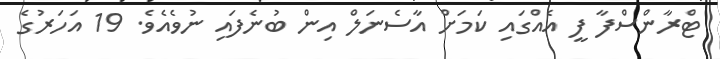
ޓްރާންސްފާ ފީ އެއްގައި ކަމަށް އާސެނަލް އިން ބުނެފައި ނުވެއެވެ. 19 އަހަރުގެ